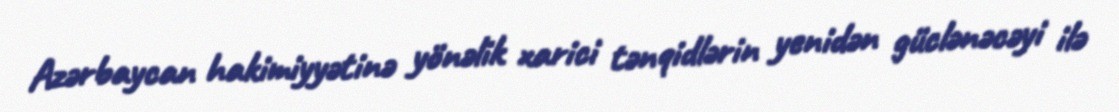
Azərbaycan hakimiyyətinə yönəlik xarici tənqidlərin yenidən güclənəcəyi ilə